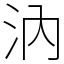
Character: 汭